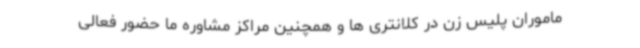
ماموران پلیس زن در کلانتری ها و همچنین مراکز مشاوره ما حضور فعالی